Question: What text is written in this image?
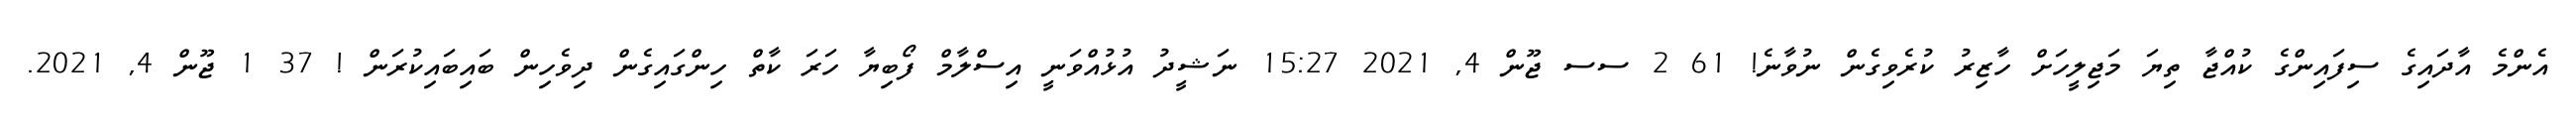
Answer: އެންމެ އާދައިގެ ސިފައިންގެ ކުއްޖާ ތިޔަ މަޖިލީހަށް ހާޒިރު ކުރެވިގެން ނުވާނެ! 61 2 ސސ ޖޫން 4, 2021 15:27 ނަޝީދު އުޅުއްވަނީ އިސްލާމް ފޯބިޔާ ހަރަ ކާތް ހިންގައިގެން ދިވެހިން ބައިބައިކުރަން ! 37 1 ޖޫން 4, 2021.